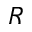
R